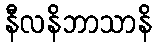
နီလနိဘာသာနိ